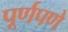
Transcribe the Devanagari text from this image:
पूूर्णपणे